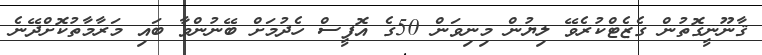
ޤާނޫނީގޮތުން ގެޒެޓްކުރެވޭ ލިޔުން މިނިވަން 50ގެ އޮފީސް ހެދުމަށް ބޭނުންވާ ބައި މަރާމާތުކޮށްދޭނެ